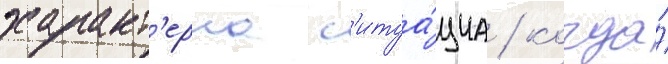
характ'ерна с'итуа́циа / когда́